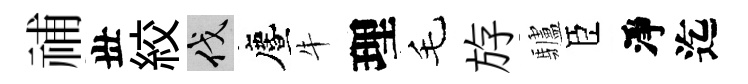
𥙷丗絞伐󵨌牛理毛斿驢臣淨迄